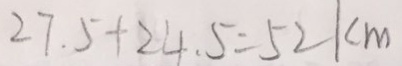
2 7 . 5 + 2 4 . 5 = 5 2 k m